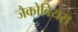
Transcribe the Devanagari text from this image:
जैकोबियस